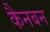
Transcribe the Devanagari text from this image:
कैनबन